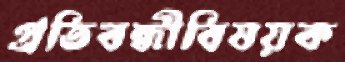
প্রতিবন্ধীবিষয়ক